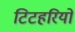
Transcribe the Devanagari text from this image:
टिटहरियों